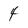
Character: 4